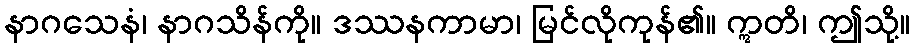
နာဂသေနံ၊ နာဂသိန်ကို။ ဒဿနကာမာ၊ မြင်လိုကုန်၏။ ဣတိ၊ ဤသို့။